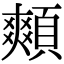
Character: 䫪